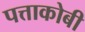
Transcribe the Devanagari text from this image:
पत्ताकोबी